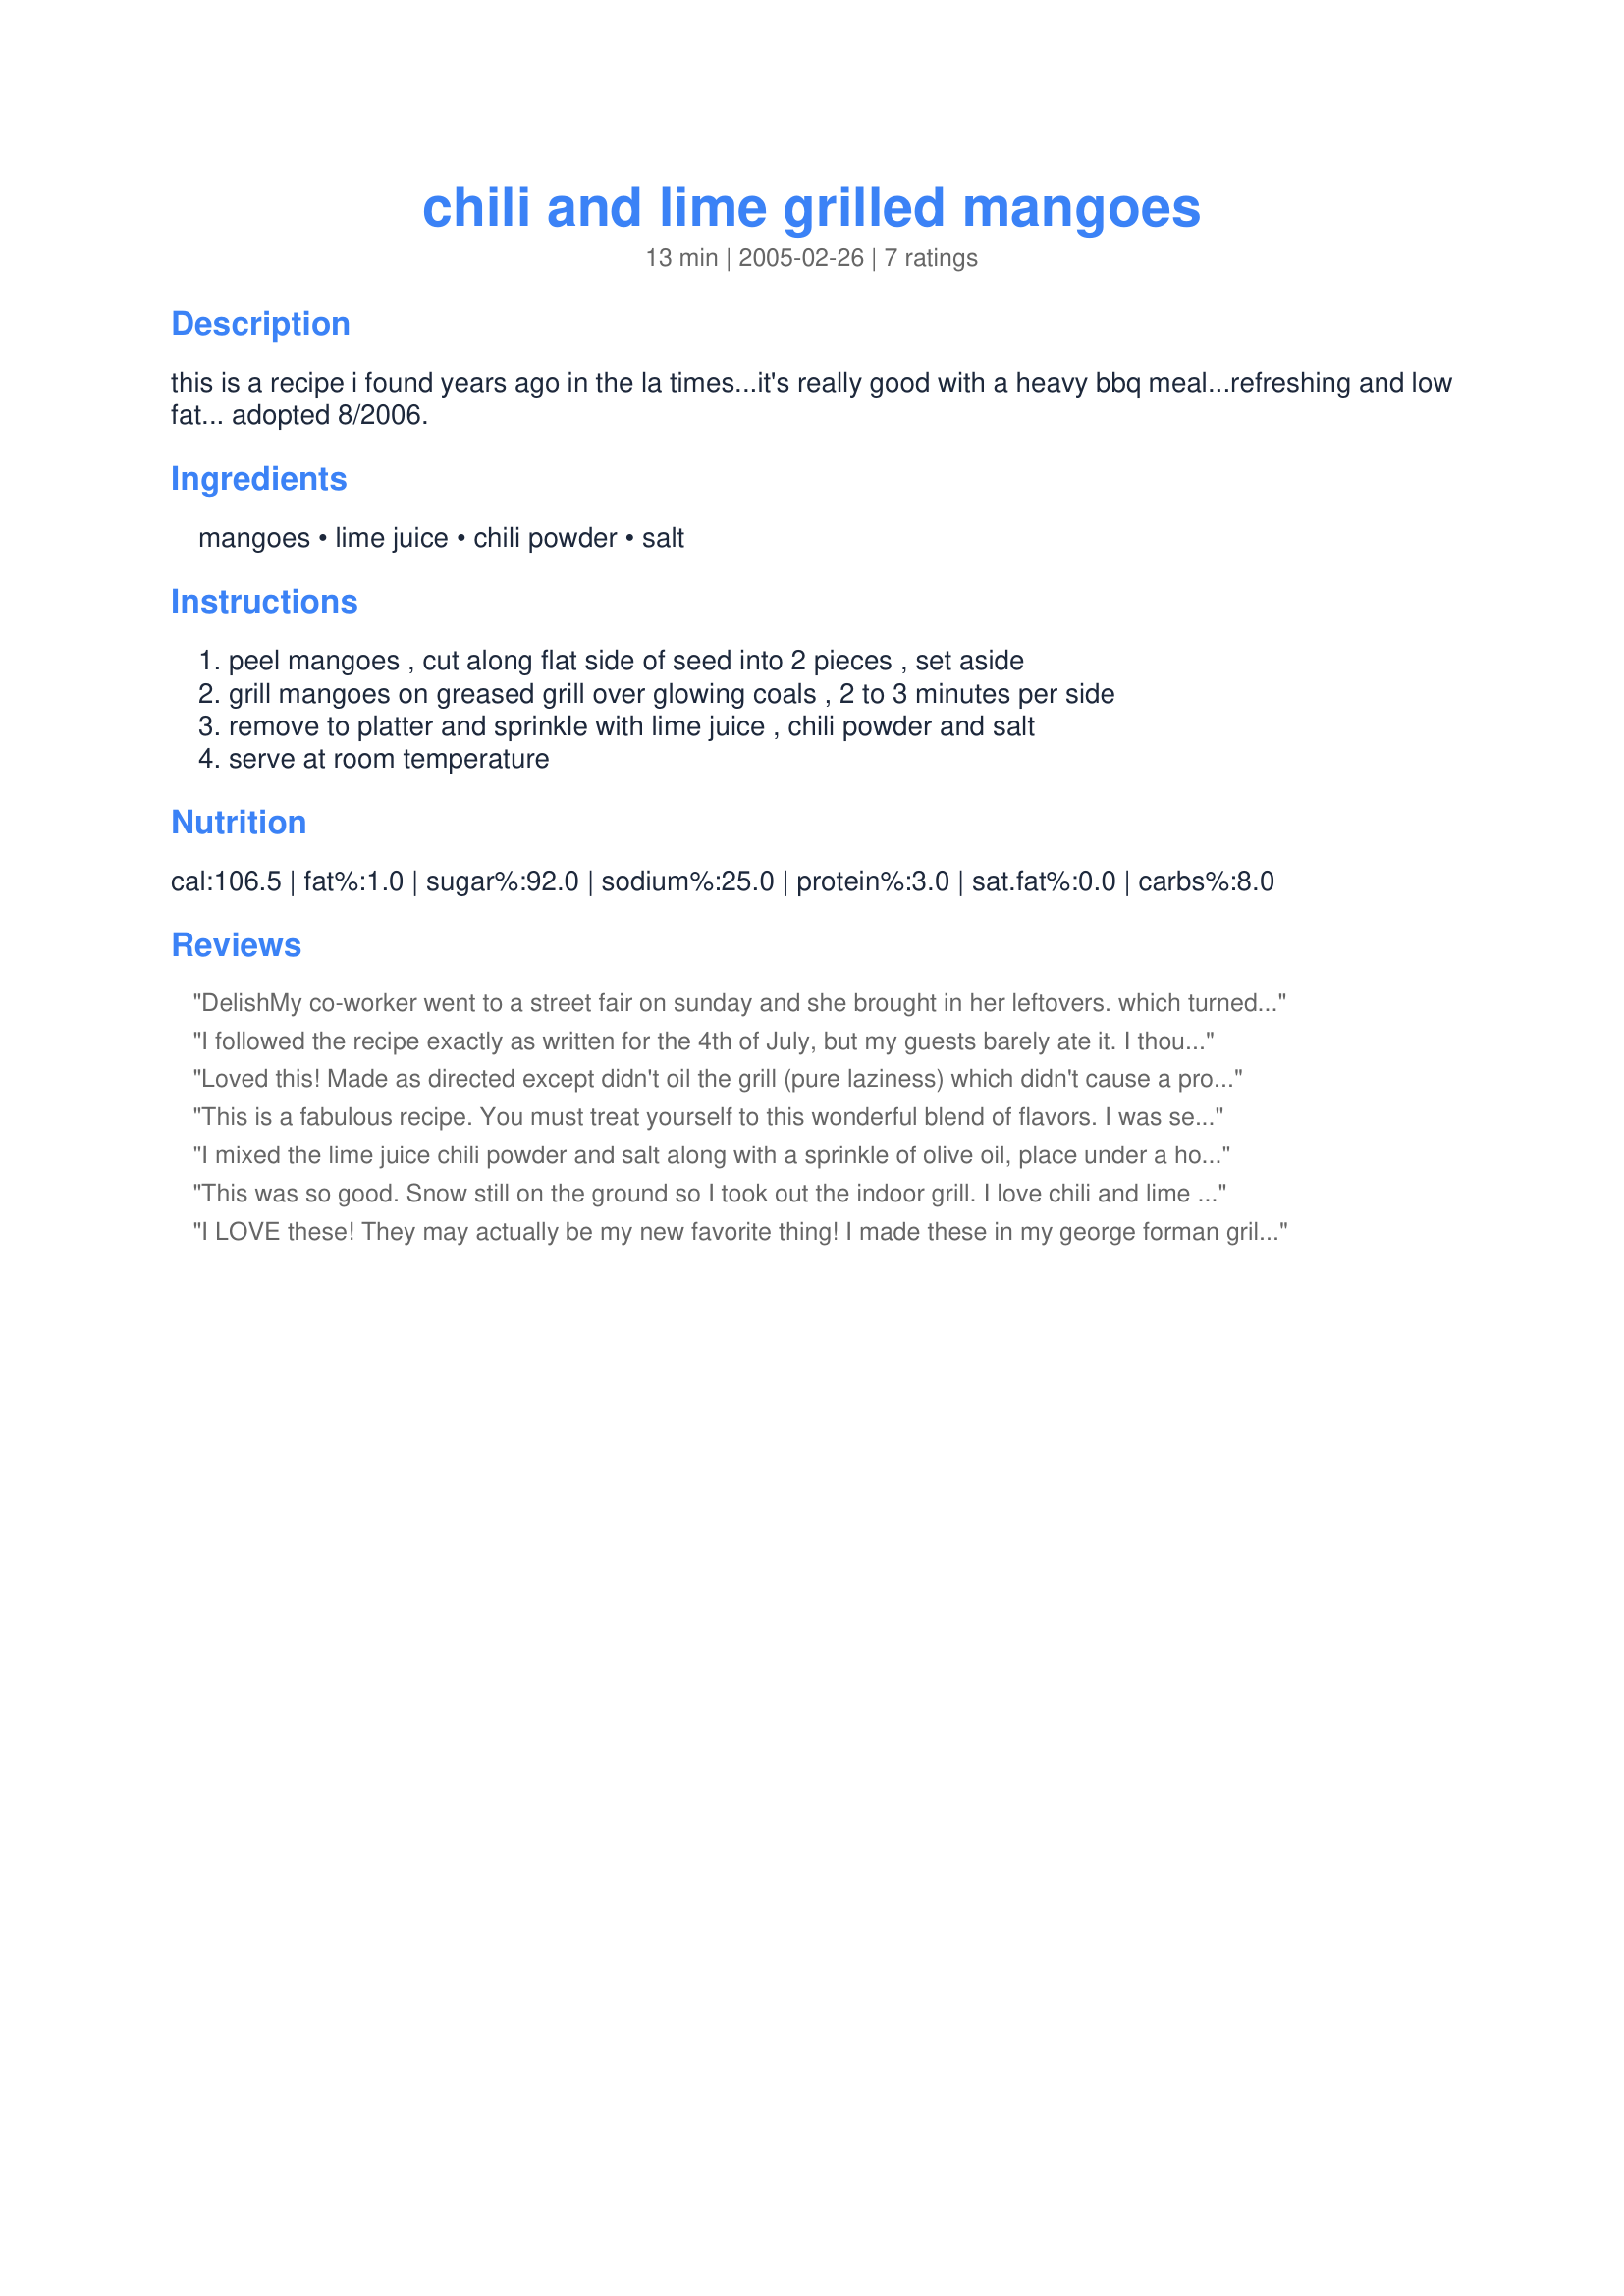
chili and lime grilled mangoes
Preparation time: 13 minutes

this is a recipe i found years ago in the la times...it's really good with a heavy bbq meal...refreshing and low fat...
adopted 8/2006.

Ingredients:
mangoes, lime juice, chili powder, salt

Steps:
peel mangoes , cut along flat side of seed into 2 pieces , set aside, grill mangoes on greased grill over glowing coals , 2 to 3 minutes per side, remove to platter and sprinkle with lime juice , chili powder and salt, serve at room temperature

Reviews:
Delish<br/><br/>My co-worker went to a street fair on sunday and she brought in her leftovers. which turned out to be this delicious the best OMG.. I think everyone should try this !!!
I followed the recipe exactly as written for the 4th of July, but my guests barely ate it. I thought it was DIFFERENT, but not anything I'd try again. The chili powder took over the mango taste.
Loved this! Made as directed except didn't oil the grill (pure laziness) which didn't cause a problem. Used mango that was perfectly ripe, fresh lime juice, and Penzey's chili powder for a real treat. Thanks for sharing the recipe!
This is a fabulous recipe. You must treat yourself to this wonderful blend of flavors. I was served this as an appetizer by one of my housemates at a summer beach house. Sunset, my backyard is the ocean, and this lusciously juicy, spicy, warm heaven fills my mouth...
I mixed the lime juice chili powder and salt along with a sprinkle of olive oil, place under a hot broiler flipping once. Using under ripe fruit so it kept its shape. Outrageous! refreshing! Wonderfully seasoned! Will make when the weather allows me outdoors to cook.
This was so good. Snow still on the ground so I took out the indoor grill. I love chili and lime so this suit me well. I used a coarse kosher salt which added an interesting twist as it gave these nifty salty snap on the tastebuds with the spicy-sweet of the mango and chili. Looking forward to trying this again when it gets warmer.
I LOVE these! They may actually be my new favorite thing! I made these in my george forman grill. I cooked them for about 6 min and it wasn't quite enough. I'll go about 10 min next time. I also used cayanne instead of chili powder becasue I misread the directions but it turned out fantastic. Try these...you'll like them. Thanks Ducky!
